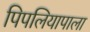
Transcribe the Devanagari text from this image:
पिपलियापाला